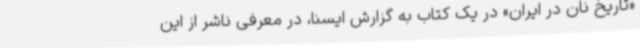
«تاریخ نان در ایران» در یک کتاب به گزارش ایسنا، در معرفی ناشر از این